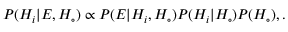
P ( H _ { i } | E , H _ { \circ } ) \propto P ( E | H _ { i } , H _ { \circ } ) P ( H _ { i } | H _ { \circ } ) P ( H _ { \circ } ) , .